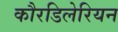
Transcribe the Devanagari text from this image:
कौरडिलेरियन